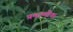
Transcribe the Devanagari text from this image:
प्रमाणीक